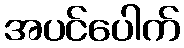
အပင်ပေါက်